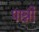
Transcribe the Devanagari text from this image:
पान्नी